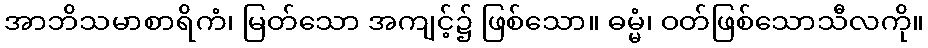
အာဘိသမာစာရိကံ၊ မြတ်သော အကျင့်၌ ဖြစ်သော။ ဓမ္မံ၊ ဝတ်ဖြစ်သောသီလကို။